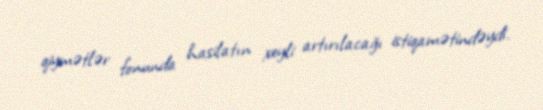
qiymətlər fonunda hasilatın xeyli artırılacağı istiqamətindəydi.